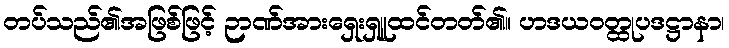
တပ်သည်၏အဖြစ်ဖြင့် ဉာဏ်အားရှေးရှူထင်တတ်၏။ ဟဒယဝတ္ထုပဒဋ္ဌာနာ၊